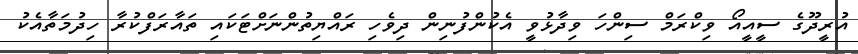
އުރީދޫގެ ސީއީއޯ ވިކްރަމް ސިންހަ ވިދާޅުވީ އެކުންފުނިން ދިވެހި ރައްޔިތުންނަށްޓަކައި ތައާރަފްކުރާ ހިދުމަތާއެކު